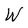
Character: W